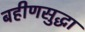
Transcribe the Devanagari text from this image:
बहीणसुद्धा